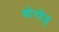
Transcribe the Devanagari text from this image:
बोरदेह